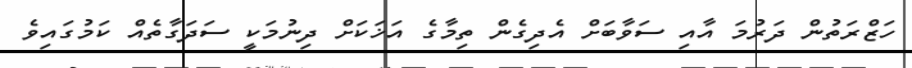
ހަޒްރަތުން ދަރުމަ އާއި ސަވާބަށް އެދިގެން ތިމާގެ އަޚަކަށް ދިނުމަކީ ސަދަގާތެއް ކަމުގައިވެ